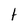
Character: t